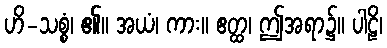
ဟိ-သစ္စံ၊ ၏။ အယံ၊ ကား။ ဧတ္ထ၊ ဤအရာ၌။ ပါဠိ၊